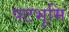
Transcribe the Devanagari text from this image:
पटभूमि